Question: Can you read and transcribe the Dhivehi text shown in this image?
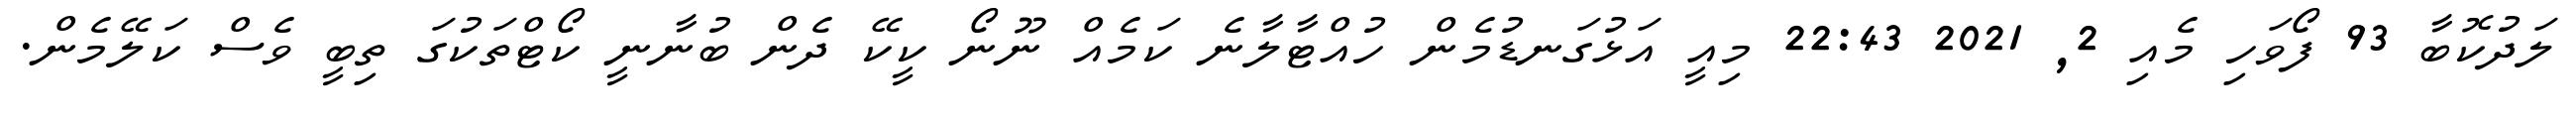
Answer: ލަދުކޮބާ 93 ފޯވަހި މެއި 2, 2021 22:43 މިއީ އަޅުގަނޑުމެން ހުއްޓާލާނެ ކަމެއް ނޫނޯ ކީކޭ ދެން ބުނާނީ ކޯޓްތަކުގަ ތިބީ ވެސް ކަލޭމެން.